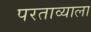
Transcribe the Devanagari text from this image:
परताव्याला